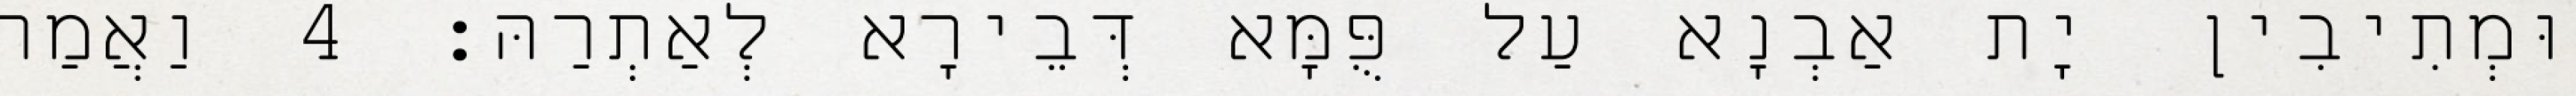
וּמְתִיבִין יָת אַבְנָא עַל פֻּמָּא דְּבֵירָא לְאַתְרַהּ׃ 4 וַאֲמַר